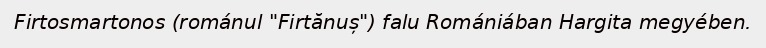
Firtosmartonos (románul "Firtănuș") falu Romániában Hargita megyében.